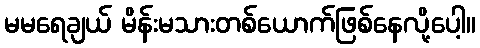
မမရေချယ် မိန်းမသားတစ်ယောက်ဖြစ်နေလို့ပေါ့။